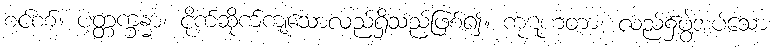
စင်စစ်။ ပတ္တက္ခန္ဓာ၊ ငိုက်ဆိုက်ကျသောလည်ရှိသည်ဖြစ်၍။ ကုဋဟတာ၊ လည်၌ဖွဲ့အပ်သော